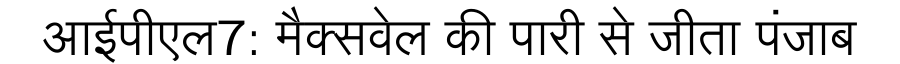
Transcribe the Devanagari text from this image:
आईपीएल7: मैक्सवेल की पारी से जीता पंजाब